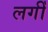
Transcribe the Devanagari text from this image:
लगीँ